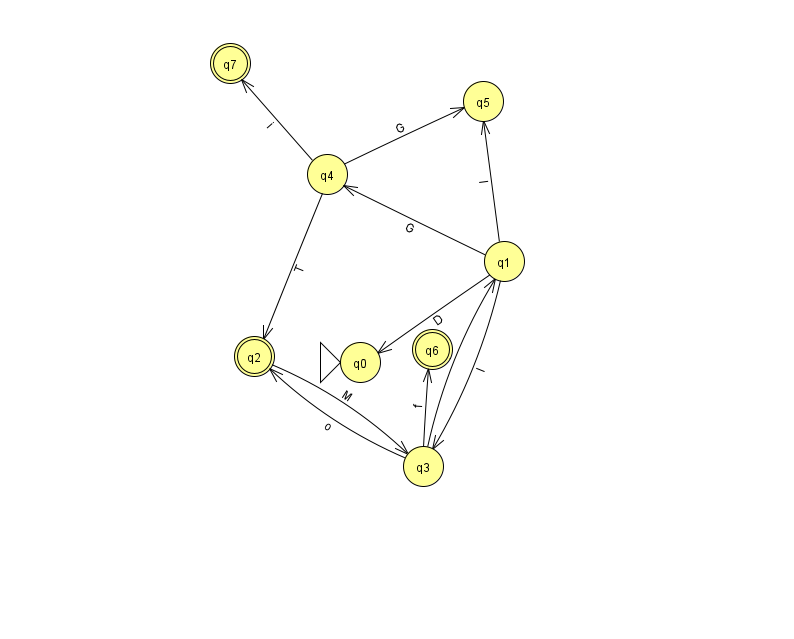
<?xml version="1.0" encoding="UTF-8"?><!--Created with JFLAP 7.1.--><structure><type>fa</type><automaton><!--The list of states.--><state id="0" name="q0"><x>360.0</x><y>349.0</y><initial/></state><state id="1" name="q1"><x>504.0</x><y>248.0</y></state><state id="2" name="q2"><x>254.0</x><y>343.0</y><final/></state><state id="3" name="q3"><x>423.0</x><y>453.0</y></state><state id="4" name="q4"><x>327.0</x><y>161.0</y></state><state id="5" name="q5"><x>483.0</x><y>88.0</y></state><state id="6" name="q6"><x>432.0</x><y>336.0</y><final/></state><state id="7" name="q7"><x>230.0</x><y>50.0</y><final/></state><!--The list of transitions.--><transition><from>1</from><to>3</to><read>l</read></transition><transition><from>4</from><to>2</to><read>T</read></transition><transition><from>4</from><to>7</to><read>i</read></transition><transition><from>3</from><to>6</to><read>f</read></transition><transition><from>1</from><to>5</to><read>l</read></transition><transition><from>4</from><to>5</to><read>G</read></transition><transition><from>1</from><to>0</to><read>D</read></transition><transition><from>1</from><to>4</to><read>G</read></transition><transition><from>3</from><to>2</to><read>o</read></transition><transition><from>2</from><to>3</to><read>M</read></transition><transition><from>3</from><to>1</to><read>r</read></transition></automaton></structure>